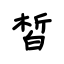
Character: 皙